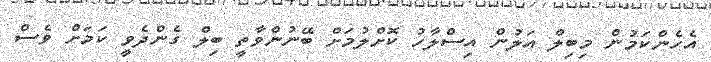
އެހެންކަމުން މިބިލް އަލުން އިސްލާހު ކޮށްލުމަށް ބޭނުންވާތީ ބިލް ގެންދެވީ ކަމަށް ވެސް